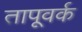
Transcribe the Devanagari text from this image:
तापूवर्क